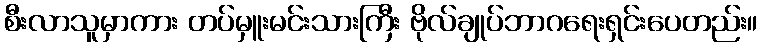
စီးလာသူမှာကား တပ်မှူးမင်းသားကြီး ဗိုလ်ချုပ်ဘာဂရေးရှင်းပေတည်း။